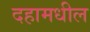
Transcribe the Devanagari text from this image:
दहामधील